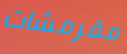
مقرمشات